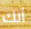
أنك